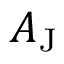
A _ { \mathrm { J } }